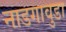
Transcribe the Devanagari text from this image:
नाडगावुडा